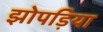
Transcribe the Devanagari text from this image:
झोपड़िया